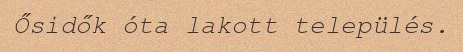
Ősidők óta lakott település.